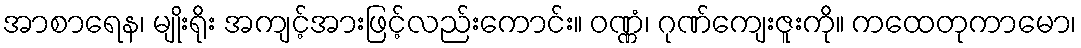
အာစာရေန၊ မျိုးရိုး အကျင့်အားဖြင့်လည်းကောင်း။ ဝဏ္ဏံ၊ ဂုဏ်ကျေးဇူးကို။ ကထေတုကာမော၊